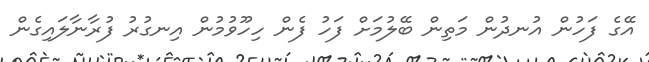
އޭގެ ފަހުން އުނދުން މަތިން ބޭލުމަށް ފަހު ފެން ހިހޫވުމުން އިނގުރު ފުރާނާލައިގެން